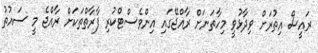
ރައީސް އިތުރަށް ވިދާޅުވީ މިހާތަނަށް ރާއްޖޭގައި އިންވެސްޓްކުރި ފާރާތްތަކަށް ރާއްޖެ މީ ސައުތު